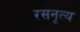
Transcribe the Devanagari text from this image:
रसनृत्य